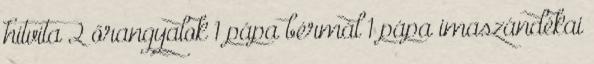
hitvita 2 őrangyalok 1 pápa bérmál 1 pápa imaszándékai